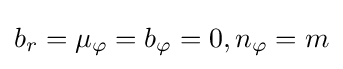
b_{r}=\mu _{\varphi }=b_{\varphi }=0,n_{\varphi }=m